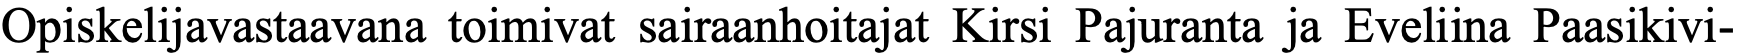
Opiskelijavastaavana toimivat sairaanhoitajat Kirsi Pajuranta ja Eveliina Paasikivi-